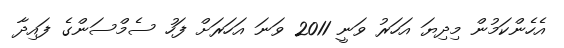
އެހެންކަމުން މިދިޔަ އަހަރު ވަނީ 2011 ވަނަ އަހަރަށް ފަހު ސެމްސަންގެ ފައިދާ